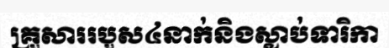
គ្រួសាររបួស៤នាក់និងស្លាប់ទារិកា